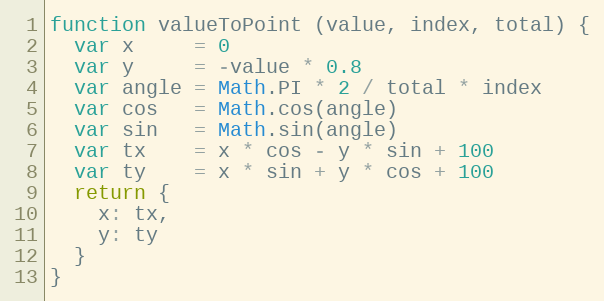
Language: JavaScript
function valueToPoint (value, index, total) {
  var x     = 0
  var y     = -value * 0.8
  var angle = Math.PI * 2 / total * index
  var cos   = Math.cos(angle)
  var sin   = Math.sin(angle)
  var tx    = x * cos - y * sin + 100
  var ty    = x * sin + y * cos + 100
  return {
    x: tx,
    y: ty
  }
}